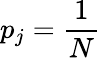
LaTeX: p_{j}={\frac{1}{N}}